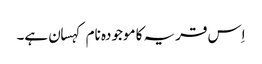
اِس قریہ کا موجودہ نام کہسان ہے۔